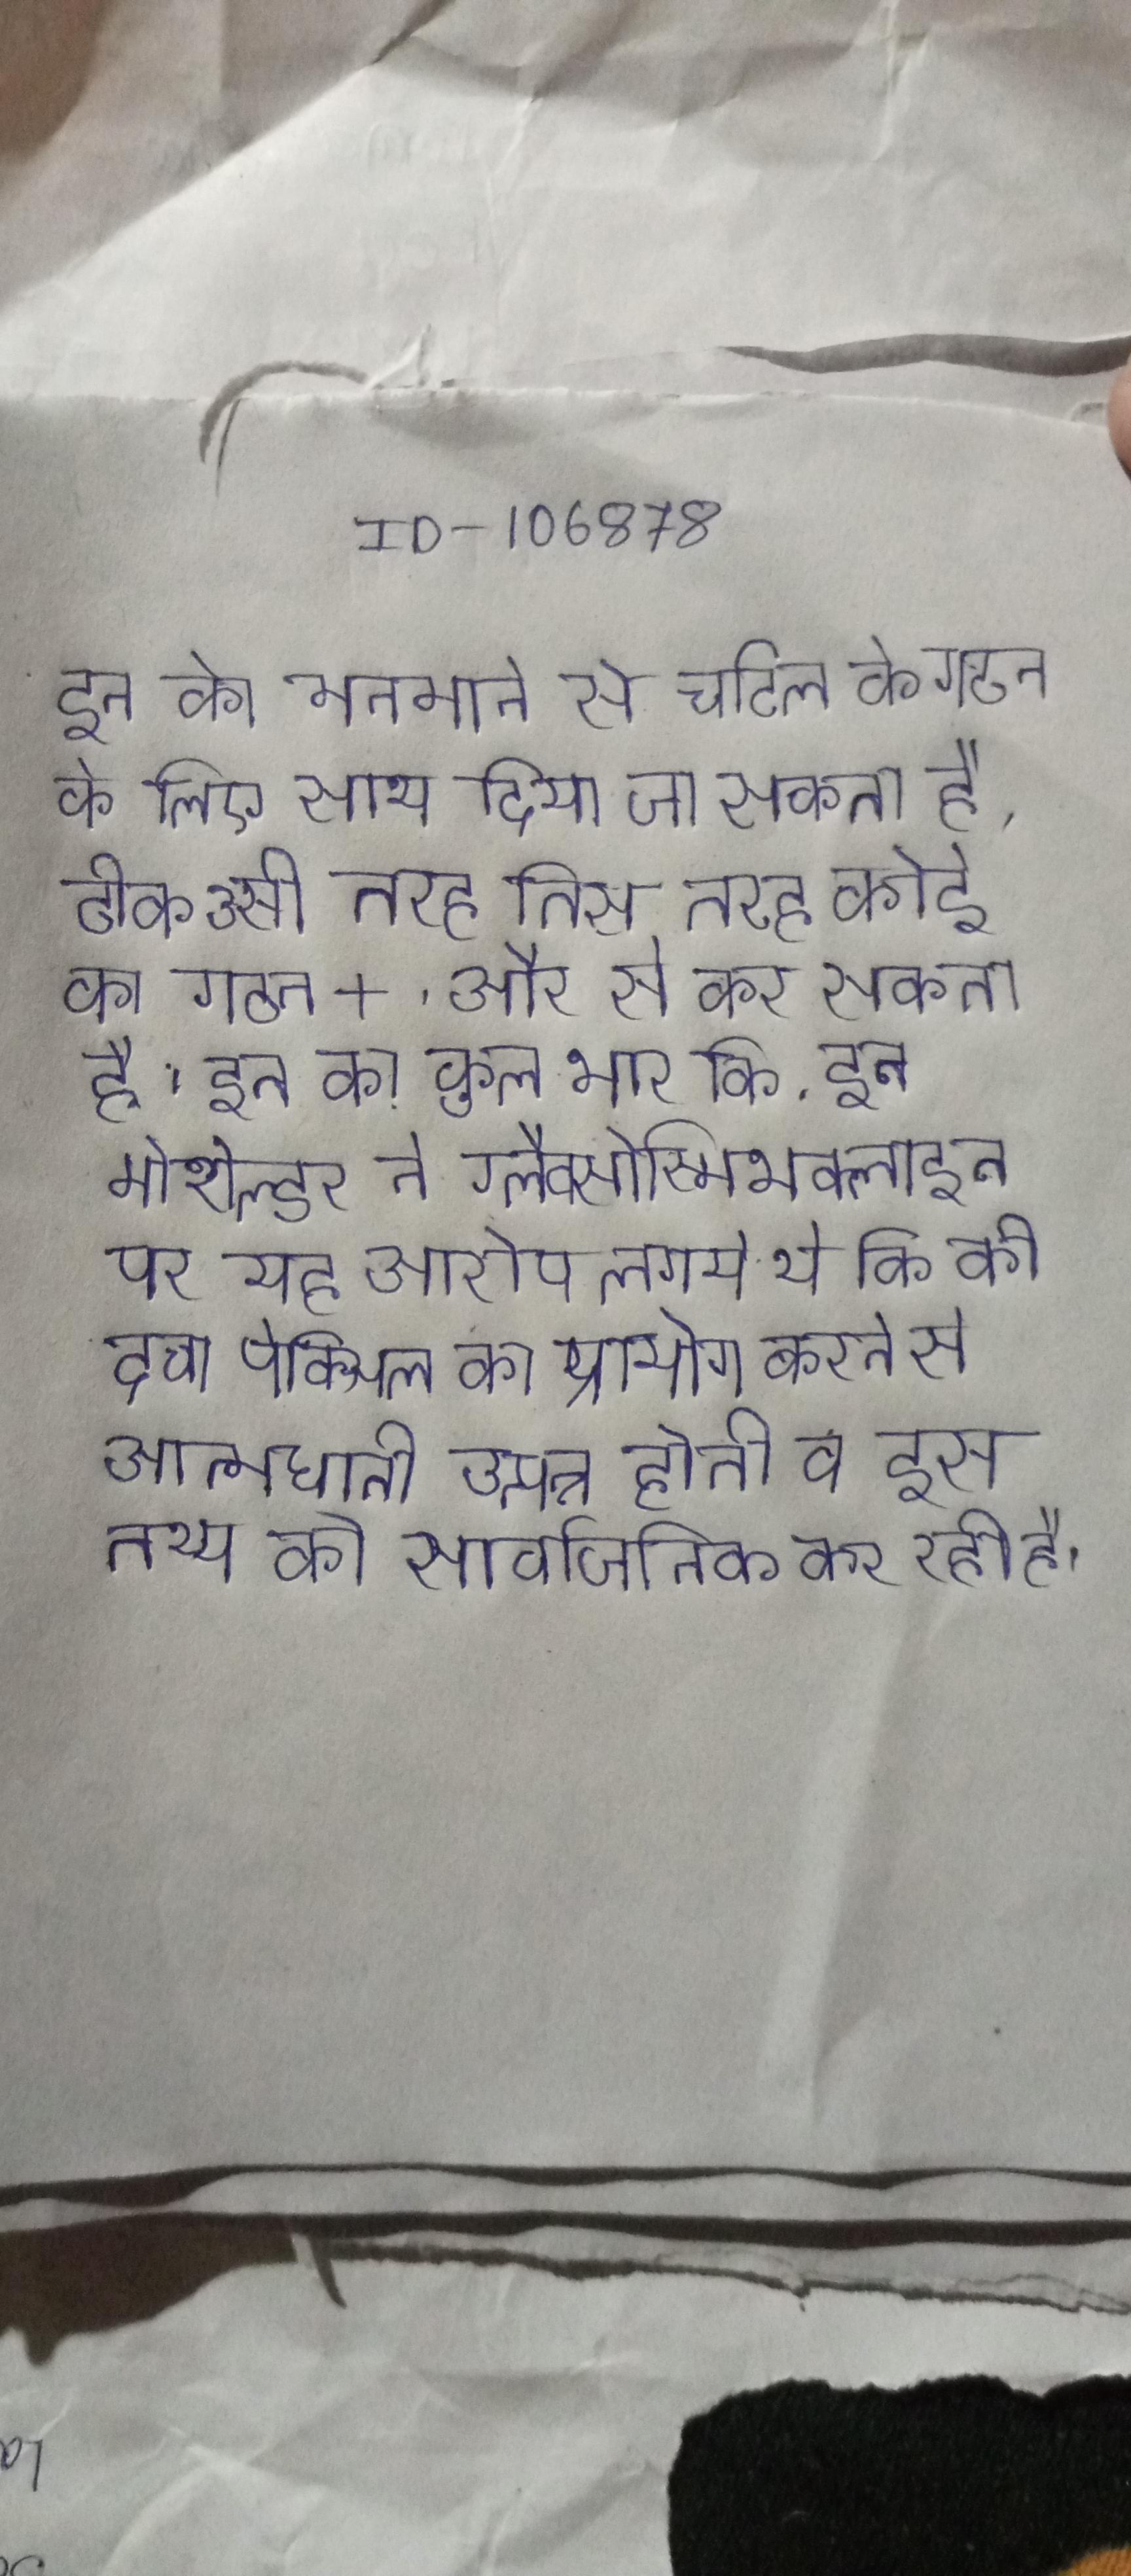
इन को मनमाने से जटिल के गठन के लिए एक साथ दिया जा सकता है, ठीक उसी तरह जिस तरह कोई का गठन +, और से कर सकता है । इन का कुल भार कि . इन मोशोल्डर ने ग्लैक्सोस्मिथक्लाइन पर यह आरोप लगाये थे कि की दवा पेक्सिल का प्रयोग करने से आत्मघाती उत्पन्न होती व इस तथ्य को सार्वजनिक कर रही है ।